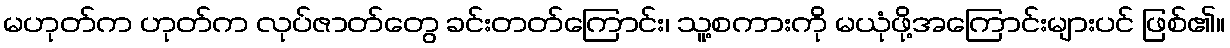
မဟုတ်က ဟုတ်က လုပ်ဇာတ်တွေ ခင်းတတ်ကြောင်း၊ သူ့စကားကို မယုံဖို့အကြောင်းများပင် ဖြစ်၏။